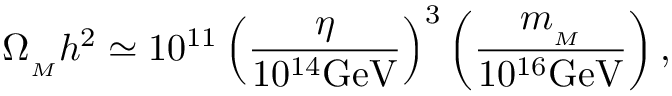
\Omega _ { _ M } h ^ { 2 } \simeq 1 0 ^ { 1 1 } \left( { \frac { \eta } { 1 0 ^ { 1 4 } \mathrm { G e V } } } \right) ^ { 3 } \left( { \frac { m _ { _ M } } { 1 0 ^ { 1 6 } \mathrm { G e V } } } \right) ,